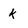
Character: k